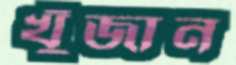
খুঁজান